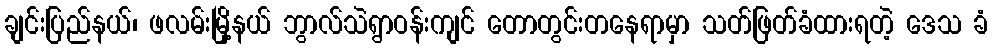
ချင်းပြည်နယ်၊ ဖလမ်းမြို့နယ် ဘွာလ်သဲရွာဝန်းကျင် တောတွင်းတနေရာမှာ သတ်ဖြတ်ခံထားရတဲ့ ဒေသ ခံ